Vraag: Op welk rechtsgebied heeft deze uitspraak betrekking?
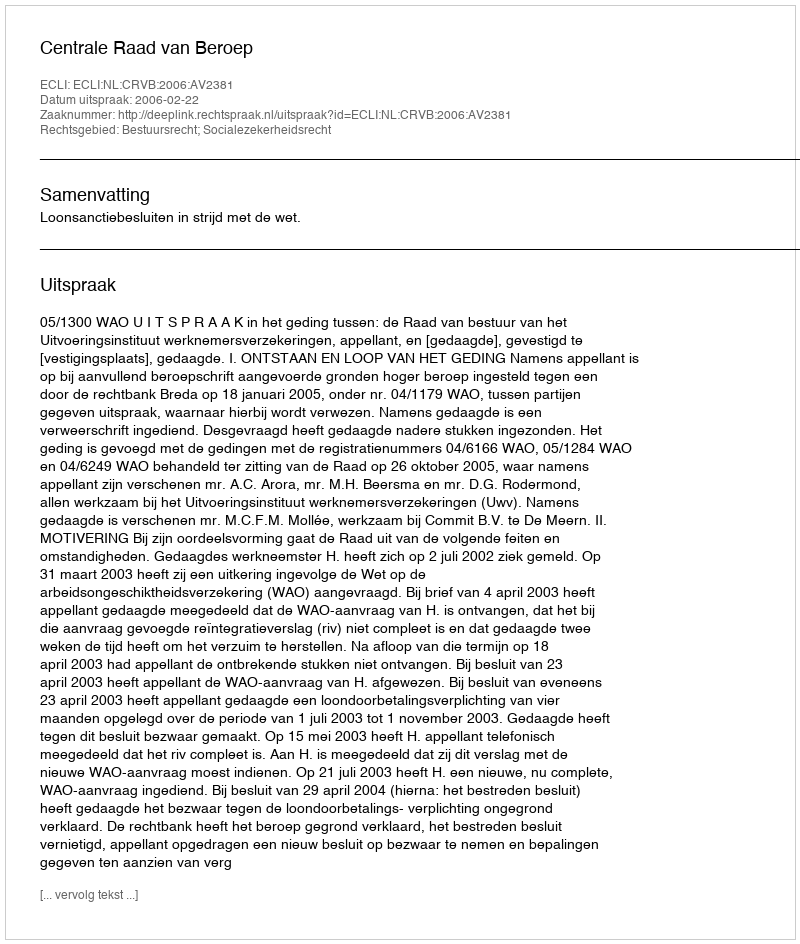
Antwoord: Bestuursrecht; Socialezekerheidsrecht